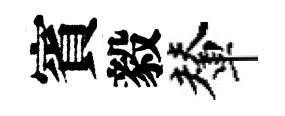
賓毅輦